Tartu_Linna_ja_Maakonna_Kaitseliit, lk 96
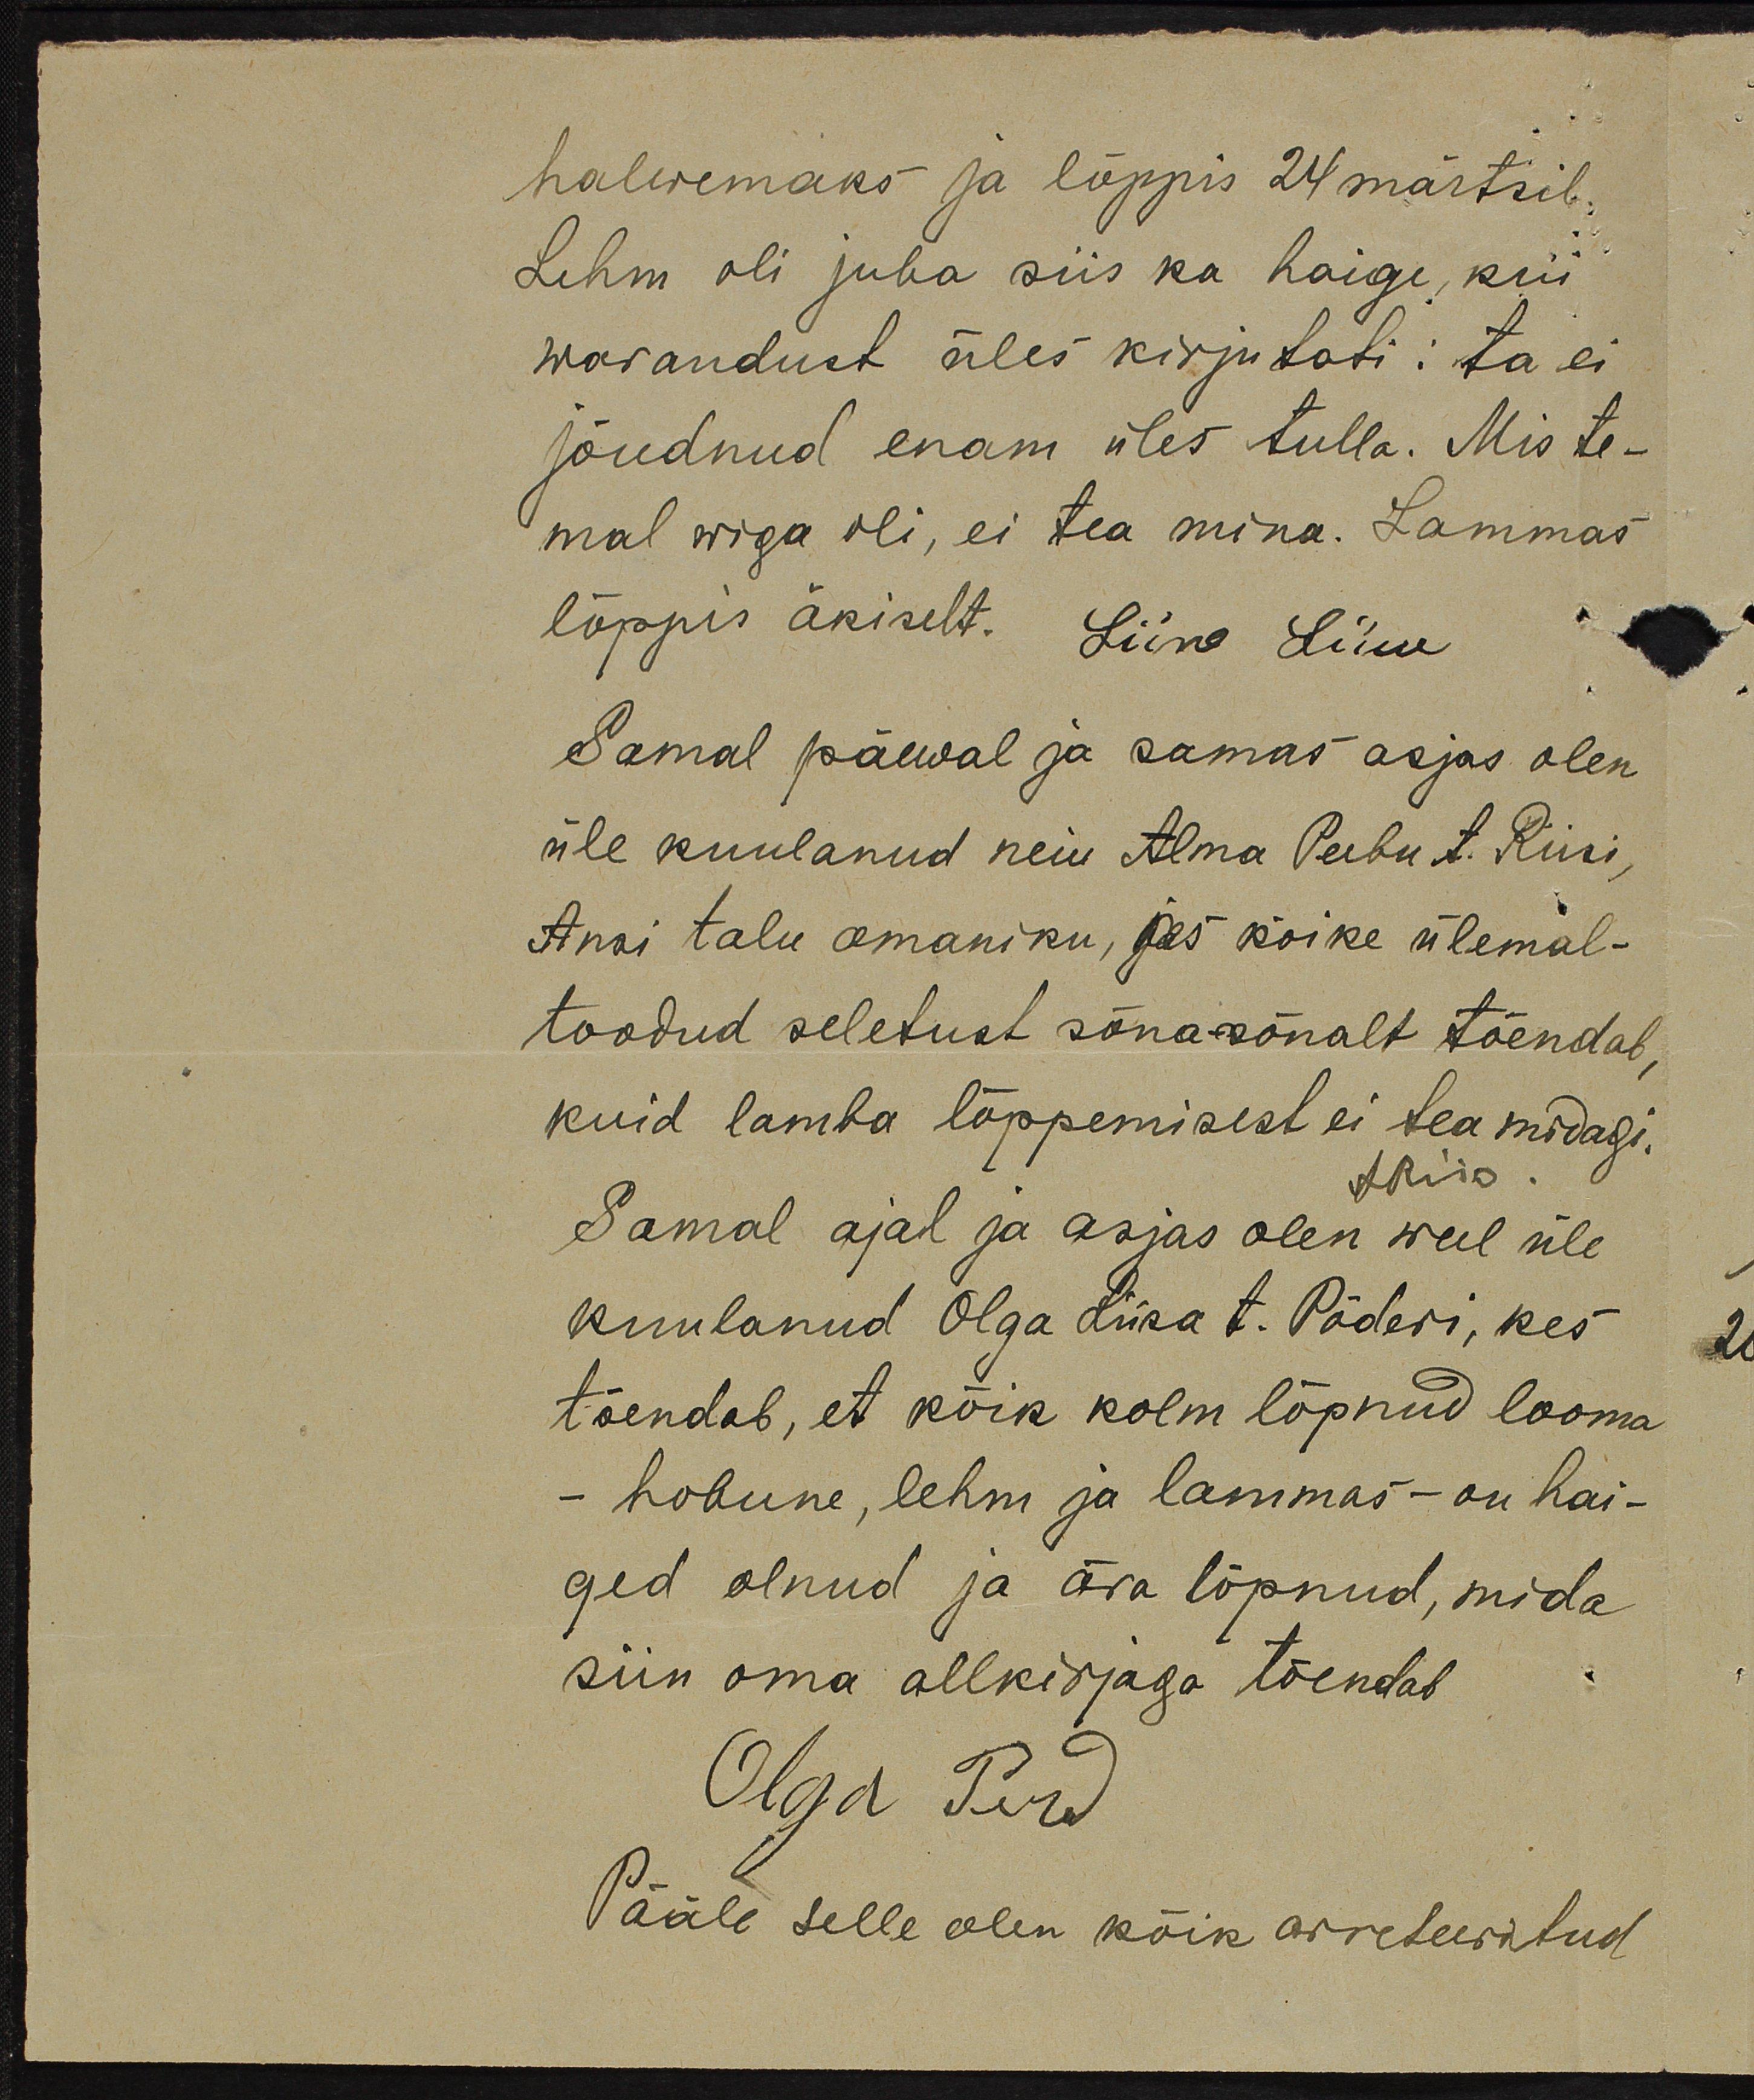
halwemaks ja lõppis 24 märtsil.
Lehm oli juba siis ka haige, kui
warandust üles kirjutati: ta ei
jõudnud enam üles tulla. Mis te-
mal wiga oli, ei tea mina. Lammas
lõppis äkiselt. Liine Liiw
Samal päewal ja samas asjas olen
üle kuulanud neiu Alma Peebu t. Riisi,
Anni talu omaniku, kes kõike ülemal-
toodud seletust sõnasõnalt tõendab,
kuid lamba lõppemisest ei tea midagi.
A.Riis
Samal ajal ja asjas olen weel üle
kuulanud Olga Liisa t. Põderi, kes
tõendab, et kõik kolm lõpnud looma
- hobune, lehm ja lammas - on hai-
ged olnud ja ära lõpnud, mida
siin oma allkirjaga tõendab
Olga Pird
Pääle selle olen kõik arreteeritud